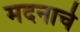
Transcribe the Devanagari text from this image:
मदनाचे